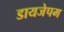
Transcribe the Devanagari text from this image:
डायजेपम